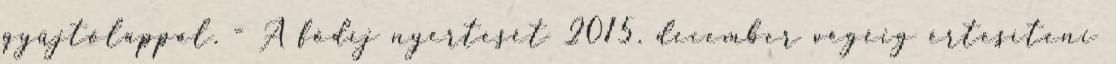
gyűjtőlappal. - A fődíj nyertesét 2015. december végéig értesíteni